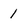
Character: 1